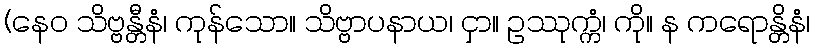
(နေဝ သိဗ္ဗန္တီနံ၊ ကုန်သော။ သိဗ္ဗာပနာယ၊ ငှာ။ ဥဿုက္ကံ၊ ကို။ န ကရောန္တိနံ၊